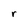
Character: r